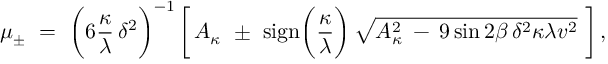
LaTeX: \mu _ { \pm } \ = \ \bigg ( 6 \frac { \kappa } { \lambda } \, \delta ^ { 2 } \bigg ) ^ { - 1 } \, \bigg [ \, A _ { \kappa } \ \pm \ \mathrm { s i g n } \bigg ( \frac { \kappa } { \lambda } \bigg ) \, \sqrt { A _ { \kappa } ^ { 2 } \: - \: 9 \sin 2 \beta \, \delta ^ { 2 } \kappa \lambda v ^ { 2 } } \ \bigg ] \, , \nonumber